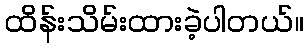
ထိန်းသိမ်းထားခဲ့ပါတယ်။